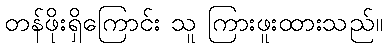
တန်ဖိုးရှိကြောင်း သူ ကြားဖူးထားသည်။